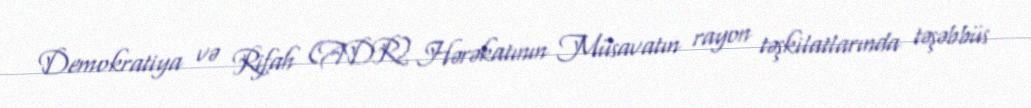
Demokratiya və Rifah (ADR) Hərəkatının Müsavatın rayon təşkilatlarında təşəbbüs